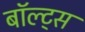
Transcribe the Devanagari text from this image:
बॉल्ट्स